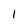
Character: I